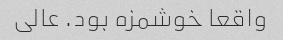
واقعا خوشمزه بود. عالی